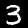
Label: 3